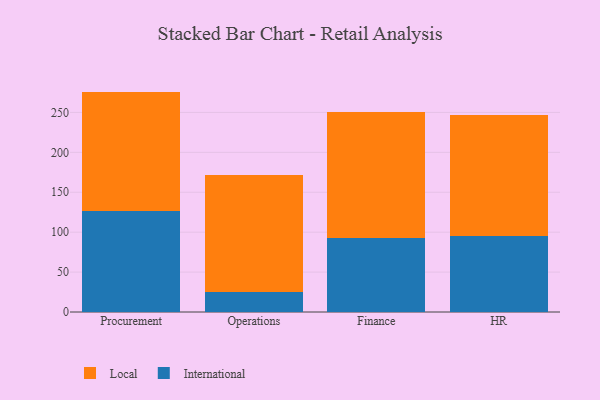
{"axis": {"x": "Department", "y": "Active Users"}, "legend": ["International", "Local"], "data": [{"x": "Procurement", "y": 126.0, "type": "International"}, {"x": "Procurement", "y": 150.1, "type": "Local"}, {"x": "Operations", "y": 25.2, "type": "International"}, {"x": "Operations", "y": 146.9, "type": "Local"}, {"x": "Finance", "y": 92.5, "type": "International"}, {"x": "Finance", "y": 158.0, "type": "Local"}, {"x": "HR", "y": 95.0, "type": "International"}, {"x": "HR", "y": 151.7, "type": "Local"}]}